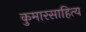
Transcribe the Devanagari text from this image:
कुमारसाहित्य